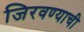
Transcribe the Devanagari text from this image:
जिरवण्याची